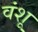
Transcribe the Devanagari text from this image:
वंशू